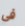
فى